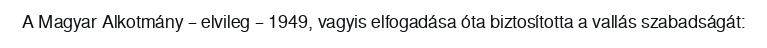
A Magyar Alkotmány – elvileg – 1949, vagyis elfogadása óta biztosította a vallás szabadságát: